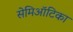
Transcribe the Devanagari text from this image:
सेमिऑटिका